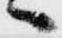
へ